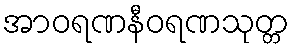
အာဝရဏနီဝရဏသုတ္တ